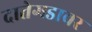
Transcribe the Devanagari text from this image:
दातेगडावर